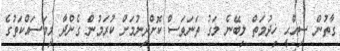
ގާތުން ސިއްޙީ ޚިދުމަތް ލިބޭނެ މަގު ތަނަވަސް ކޮށްދިނުމަށް ކުރަމުން ގެންދާ މިމަސައްކަތުގެ